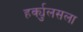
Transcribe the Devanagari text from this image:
हर्क्युलसला